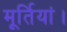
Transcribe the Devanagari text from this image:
मूर्तियां।